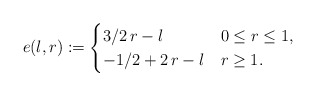
\begin{align*}e(l,r) := \begin{cases}3/2 \, r - l & 0 \leq r \leq 1,\\-1/2 + 2\,r - l & r \geq 1. \end{cases}\end{align*}